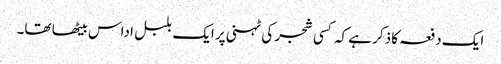
ایک دفعہ کا ذکر ہے کہ کسی شجر کی ٹہنی پر ایک بلبل اداس بیٹھا تھا۔